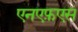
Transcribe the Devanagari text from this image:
एनएफ़एस